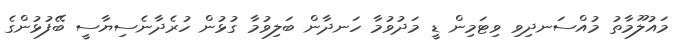
މައުލޫމާތު މުއްސަނދިވި ވިޓަމިން ޑީ މަދުވުމާ ހަނދާން ބަލިވުމާ ގުޅުން ހުރެދާނެސިޔާސީ ބޭފުޅުންގެ